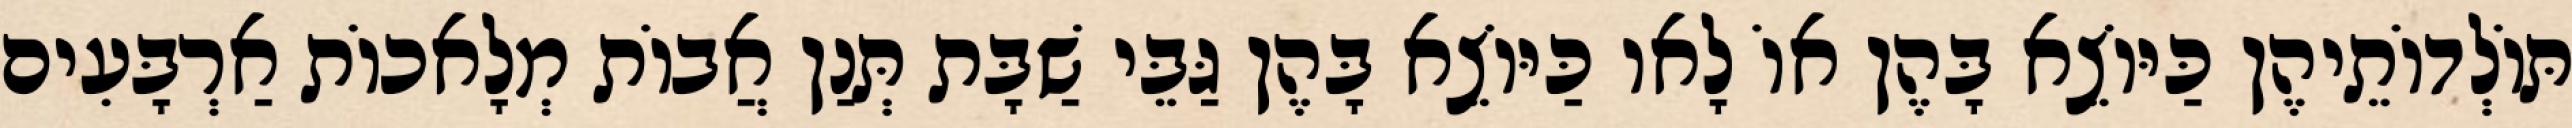
תּוֹלְדוֹתֵיהֶן כַּיּוֹצֵא בָּהֶן אוֹ לָאו כַּיּוֹצֵא בָּהֶן גַּבֵּי שַׁבָּת תְּנַן אֲבוֹת מְלָאכוֹת אַרְבָּעִים